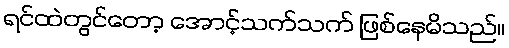
ရင်ထဲတွင်တော့ အောင့်သက်သက် ဖြစ်နေမိသည်။